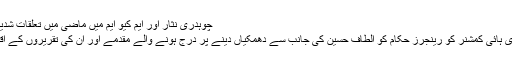
Image caption چوہدری نثار اور ایم کیو ایم میں ماضی میں تعلقات شدید تلخ رہے ہیں
چوہدری نثار کاکہنا تھا کہ برطانوی ہائی کمشنر کو رینجرز حکام کو الطاف حسین کی جانب سے دھمکیاں دینے پر درج ہونے والے مقدمے اور اُن کی تقریروں کے اقتباسات کے بارے میں بتایا گیا تھا۔